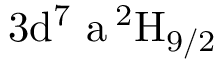
\mathrm { 3 d ^ { 7 } \ a \, ^ { 2 } H _ { 9 / 2 } }